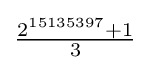
{\tfrac {2^{15135397}+1}{3}}